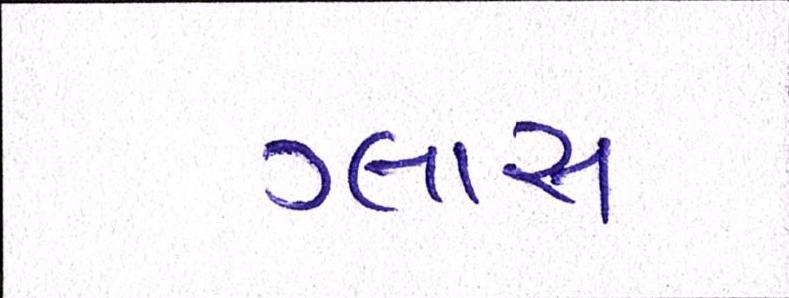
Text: ગ્લાસ